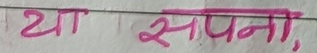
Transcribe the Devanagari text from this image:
या सपना,